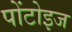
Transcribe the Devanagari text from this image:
पोंटोइज